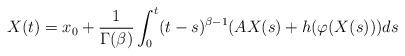
LaTeX: \begin{align*}X(t)=x_0+\frac{1}{\Gamma(\beta)}\int_0^t(t-s)^{\beta-1}(AX(s)+h(\varphi(X(s)))ds\end{align*}